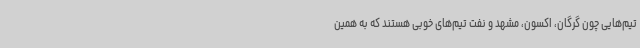
تیم‌هایی چون گرگان، اکسون، مشهد و نفت تیم‌های خوبی هستند که به همین